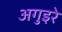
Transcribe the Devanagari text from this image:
अगुइरे